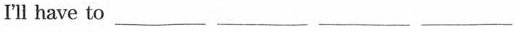
I'll have to ___ ___ ___ ___